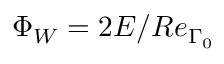
\Phi _ { W } = 2 E / R e _ { \Gamma _ { 0 } }